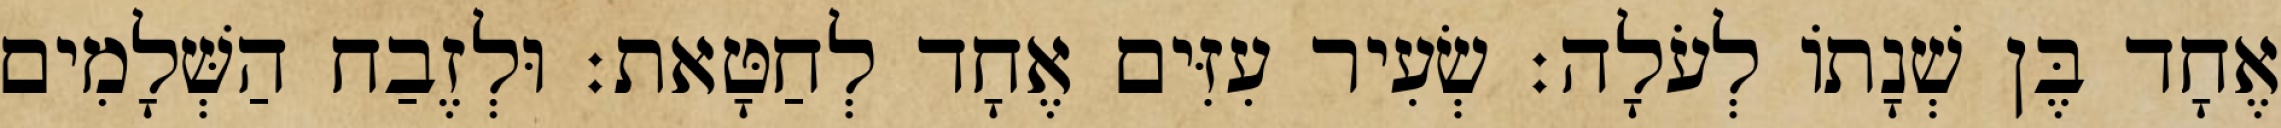
אֶחָד בֶּן שְׁנָתוֹ לְעֹלָה׃ שְׂעִיר עִזִּים אֶחָד לְחַטָּאת׃ וּלְזֶבַח הַשְּׁלָמִים